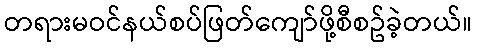
တရားမဝင်နယ်စပ်ဖြတ်ကျော်ဖို့စီစဥ်ခဲ့တယ်။